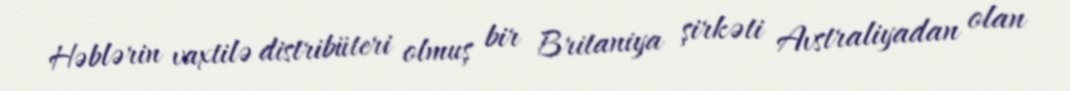
Həblərin vaxtilə distribüteri olmuş bir Britaniya şirkəti Avstraliyadan olan